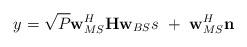
LaTeX: \begin{align*} y = \sqrt{P}\textbf{w}_{MS}^H\textbf{H}\textbf{w}_{BS}{s}\ +\ \textbf{w}_{MS}^H\textbf{n} \end{align*}